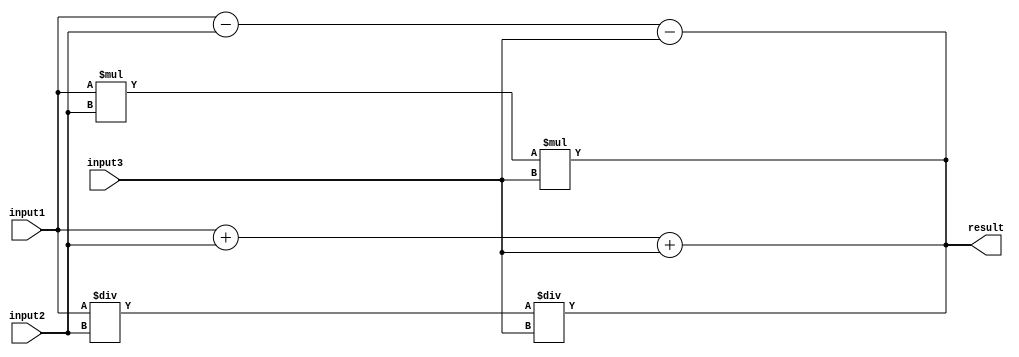
module TriplePrecisionUnit(
    input wire [63:0] input1,
    input wire [63:0] input2,
    input wire [63:0] input3,
    output reg [63:0] result
);

// Adder block
always @(*)
begin
    result = input1 + input2 + input3;
end

// Subtractor block
always @(*)
begin
    result = input1 - input2 - input3;
end

// Multiplier block
always @(*)
begin
    result = input1 * input2 * input3;
end

// Divider block
always @(*)
begin
    result = input1 / input2 / input3;
end

// Error checking and rounding logic

// Overflow detection

// Underflow detection

// Exception handling

// Special functions (e.g. square root, logarithm)

endmodule